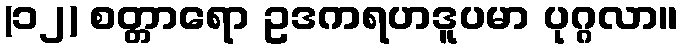
(၁၂) စတ္တာရော ဥဒကရဟဒူပမာ ပုဂ္ဂလာ။